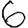
Digit: 6